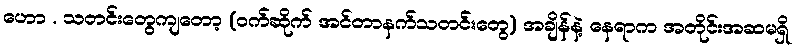
ဟော . သတင်းတွေကျတော့ (ဝက်ဆိုက် အင်တာနက်သတင်းတွေ) အချိန်နဲ့ နေရာက အတိုင်းအဆမရှိ